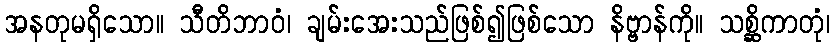
အနတုမရှိသော။ သီတိဘာဝံ၊ ချမ်းအေးသည်ဖြစ်၍ဖြစ်သော နိဗ္ဗာန်ကို။ သစ္ဆိကာတုံ၊